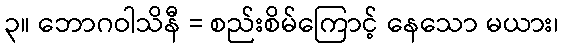
၃။ ဘောဂဝါသိနီ = စည်းစိမ်ကြောင့် နေသော မယား၊